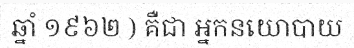
ឆ្នាំ ១៩៦២ ) គឺជា អ្នកនយោបាយ